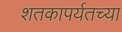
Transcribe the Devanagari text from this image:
शतकापर्यतच्या